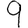
Digit: 9